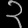
Digit: ၃